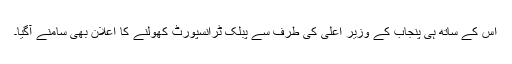
اس کے ساتھ ہی پنجاب کے وزیر اعلیٰ کی طرف سے پبلک ٹرانسپورٹ کھولنے کا اعلان بھی سامنے آگیا۔